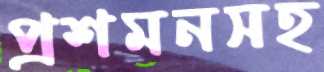
প্রশমনসহ